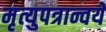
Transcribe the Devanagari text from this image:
मृत्युपत्रान्वये